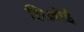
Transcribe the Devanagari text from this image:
झिल्लीई